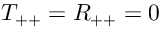
T _ { + + } = R _ { + + } = 0